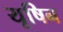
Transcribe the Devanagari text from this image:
यूषिन